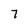
Character: 7